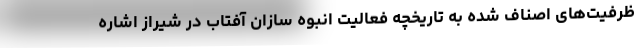
ظرفیت‌های اصناف شده به تاریخچه فعاليت انبوه سازان آفتاب در شیراز اشاره